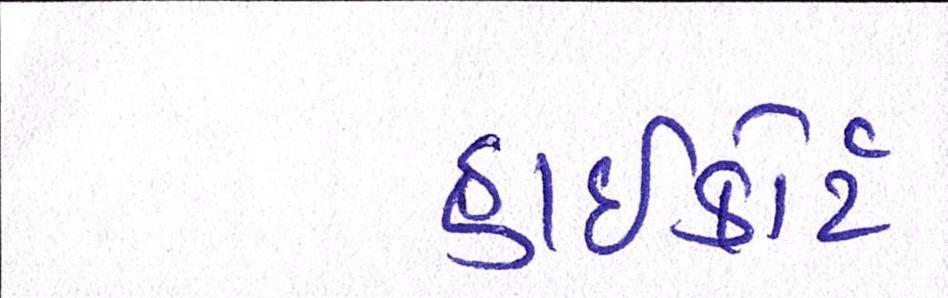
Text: હાઈકોર્ટે